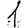
Digit: 1